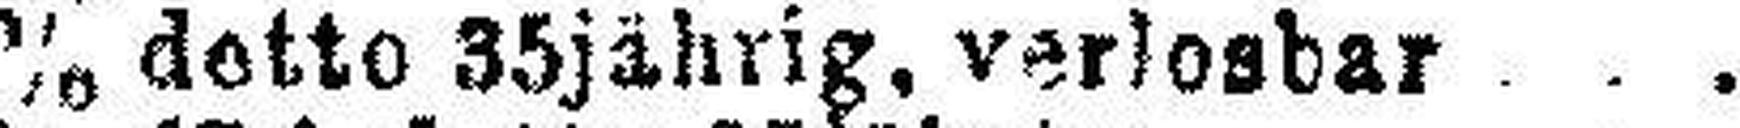
5% detto 35jährig, verlosbar